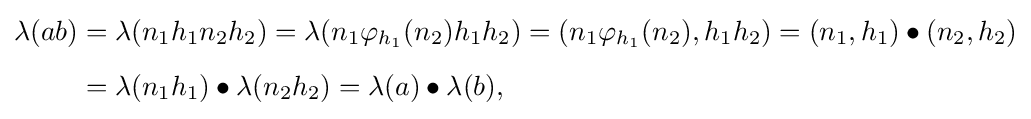
{\begin{aligned}\lambda (ab)&=\lambda (n_{1}h_{1}n_{2}h_{2})=\lambda (n_{1}\varphi _{h_{1}}(n_{2})h_{1}h_{2})=(n_{1}\varphi _{h_{1}}(n_{2}),h_{1}h_{2})=(n_{1},h_{1})\bullet (n_{2},h_{2})\\[5pt]&=\lambda (n_{1}h_{1})\bullet \lambda (n_{2}h_{2})=\lambda (a)\bullet \lambda (b),\end{aligned}}